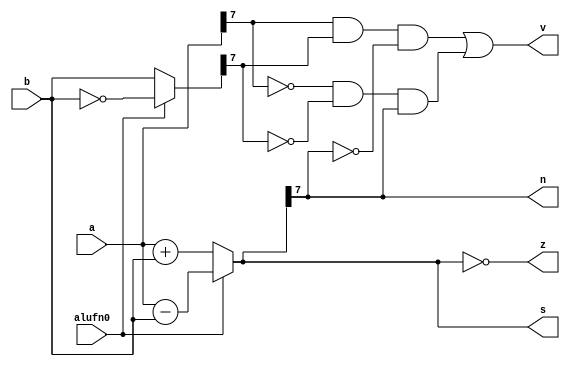
/*
   This file was generated automatically by the Mojo IDE version B1.3.6.
   Do not edit this file directly. Instead edit the original Lucid source.
   This is a temporary file and any changes made to it will be destroyed.
*/

module adder_11 (
    input [7:0] a,
    input [7:0] b,
    input alufn0,
    output reg [7:0] s,
    output reg z,
    output reg v,
    output reg n
  );
  
  
  
  reg [7:0] sum;
  
  reg [7:0] xb;
  
  always @* begin
    if (alufn0) begin
      xb = ~b;
      sum = a - b;
    end else begin
      xb = b;
      sum = a + b;
    end
    s = sum;
    z = (sum[0+7-:8] == 1'h0);
    v = (a[7+0-:1] & xb[7+0-:1] & !(sum[7+0-:1])) | (!(a[7+0-:1]) & !(xb[7+0-:1]) & sum[7+0-:1]);
    n = sum[7+0-:1];
  end
endmodule